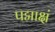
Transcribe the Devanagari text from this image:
पद्माक्षं